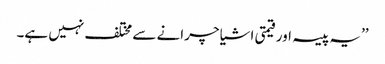
’’یہ پیسہ اور قیمتی اشیا چرانے سے مختلف نہیں ہے۔